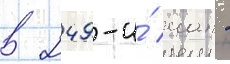
в 249-и́ иап -